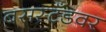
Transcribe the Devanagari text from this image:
बसस्टँडवर